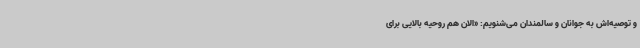
و توصیه‌اش به جوانان و سالمندان می‌شنویم: «الان هم روحیه بالایی برای